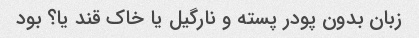
زبان بدون پودر پسته و نارگیل یا خاک قند یا؟ بود